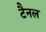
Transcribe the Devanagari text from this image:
टैनल